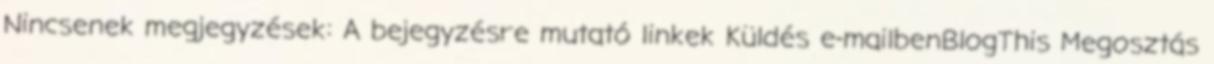
Nincsenek megjegyzések: A bejegyzésre mutató linkek Küldés e-mailbenBlogThis Megosztás